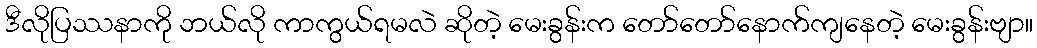
ဒီလိုပြဿနာကို ဘယ်လို ကာကွယ်ရမလဲ ဆိုတဲ့ မေးခွန်းက တော်တော်နောက်ကျနေတဲ့ မေးခွန်းဗျာ။